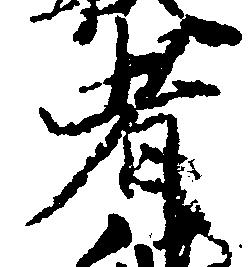
者